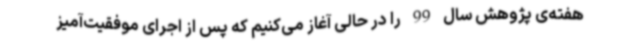
هفته‌ی پژوهش سال 99 را در حالی آغاز می‌کنیم که پس از اجرای موفقیت‌آمیز